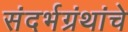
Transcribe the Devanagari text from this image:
संदर्भग्रंथांचे